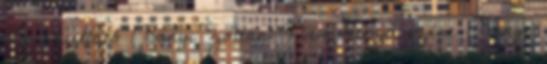
Lombhullató 1 Danyi Zoltán: Nem létező színe 1 Danyi